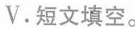
V.短文填空。